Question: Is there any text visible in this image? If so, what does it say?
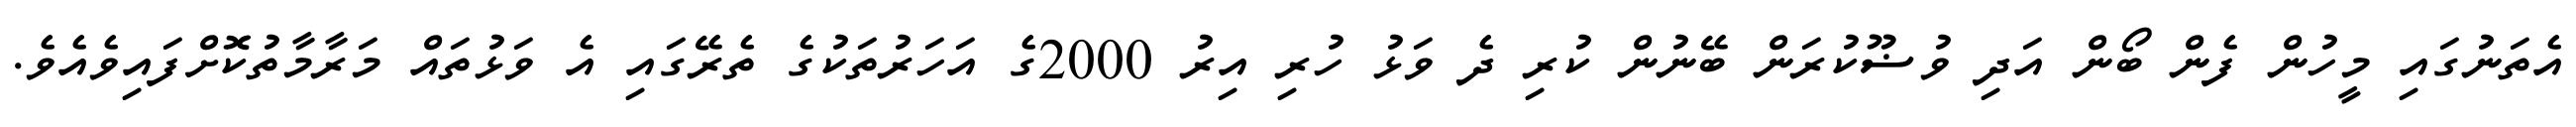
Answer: އެތަނުގައި މީހުން ފެން ބޯން އަދި ވުޟޫކުރަން ބޭނުން ކުރި ދެ ވަޅު ހުރި އިރު 2000ގެ އަހަރުތަކުގެ ތެރޭގައި އެ ވަޅުތައް މަރާމާތުކޮށްފައިވެއެވެ.